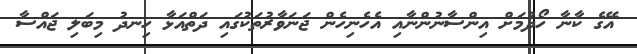
އޭގެ ކާނާ ހޯދުމަށް އިންސާނުންނާއި އެހެނިހެން ޖަނަވާރުތަކުގައި ދަތްއަޅާ ހިނދު މިބަލި ޖައްސާ